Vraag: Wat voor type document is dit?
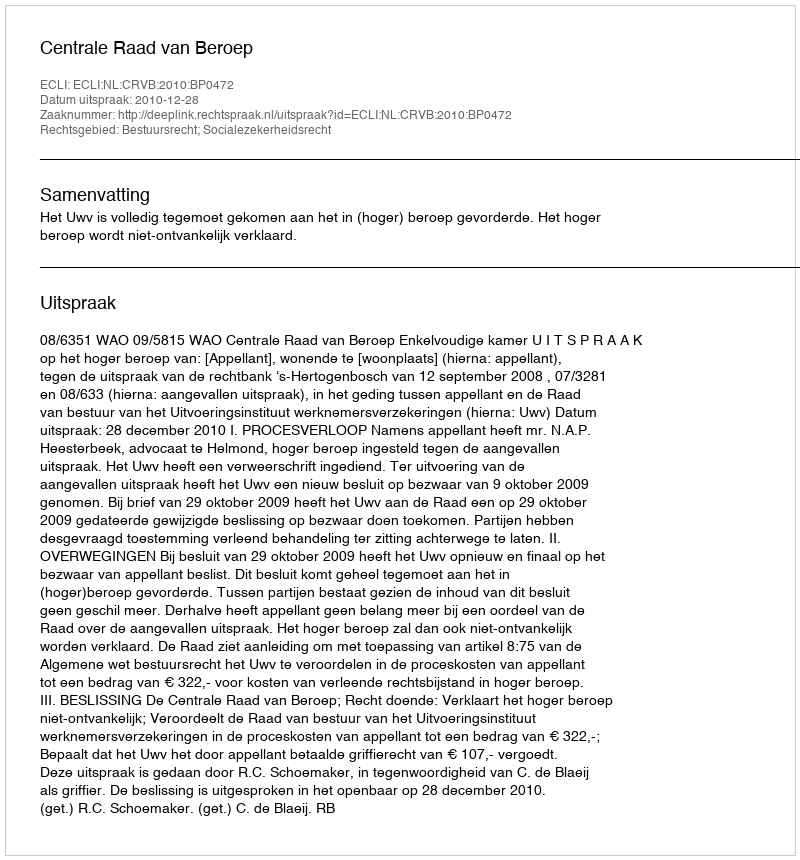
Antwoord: Uitspraak